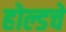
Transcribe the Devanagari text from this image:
होल्डचे